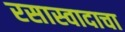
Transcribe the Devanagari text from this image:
रसास्वादाचा